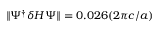
\Vert \Psi ^ { \dagger } \delta H \Psi \Vert = 0 . 0 2 6 ( 2 \pi c / a )